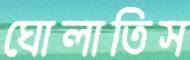
ঘোলাতিস